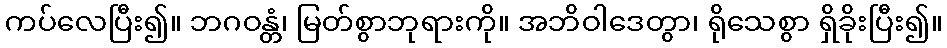
ကပ်လေပြီး၍။ ဘဂဝန္တံ၊ မြတ်စွာဘုရားကို။ အဘိဝါဒေတွာ၊ ရိုသေစွာ ရှိခိုးပြီး၍။